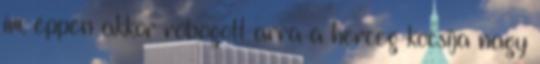
ím, éppen akkor robogott arra a herceg kocsija nagy